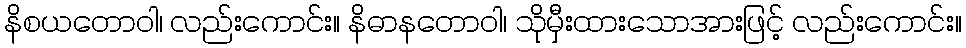
နိစယတောဝါ၊ လည်းကောင်း။ နိဓာနတောဝါ၊ သိုမှီးထားသောအားဖြင့် လည်းကောင်း။